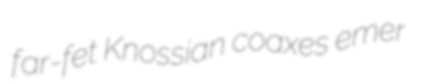
far-fet Knossian coaxes emer